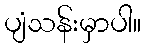
ပျံသန်းမှာပါ။